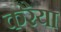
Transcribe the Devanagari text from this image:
करैया